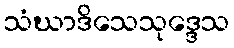
သံဃာဒိသေသုဒ္ဒေသ